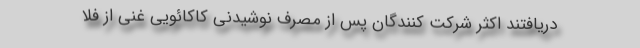
دریافتند اکثر شرکت کنندگان پس از مصرف نوشیدنی کاکائویی غنی از فلا